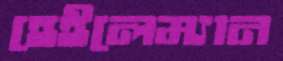
হেইলেম্যান